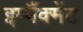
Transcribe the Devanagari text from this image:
इम्बैंक्मेंट